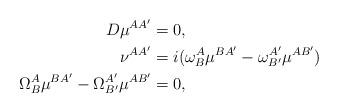
LaTeX: \begin{align*}D\mu^{AA^{\prime}} & =0,\\\nu^{AA^{\prime}} & =i(\omega_{B}^{A}\mu^{BA^{\prime}}-\omega_{B^{\prime}}^{A^{\prime}}\mu^{AB^{\prime}})\\\Omega_{B}^{A}\mu^{BA^{\prime}}-\Omega_{B^{\prime}}^{A^{\prime}}\mu^{AB^{\prime}} & =0,\end{align*}